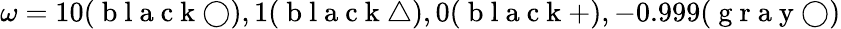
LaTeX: \omega=10(\mathrm{~b~l~a~c~k~}\bigcirc),1(\mathrm{~b~l~a~c~k~}\bigtriangleup),0(\mathrm{~b~l~a~c~k~}+),-0.999(\mathrm{~g~r~a~y~}\bigcirc)